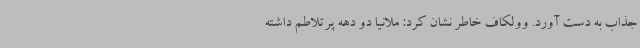
جذاب به دست آورد. وولکاف خاطر نشان کرد: ملانیا دو دهه پرتلاطم داشته